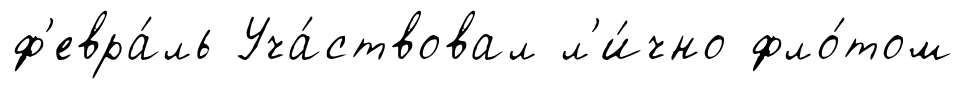
ф'евра́ль Уча́ствовал л'и́чно фло́том